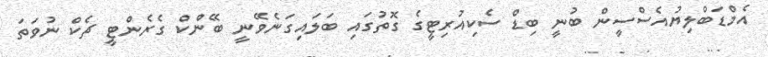
އެމްޑަބްލިޔުއެސްސީން ބުނީ ބިޑް ސެކިއުރިޓީގެ ގޮތުގައި ބަލައިގަނެވޭނީ ބޭންކް ގެރެންޓީ ޗެކް ނުވަތަ